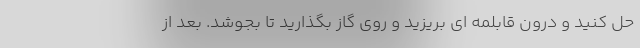
حل کنید و درون قابلمه ای بریزید و روی گاز بگذارید تا بجوشد. بعد از